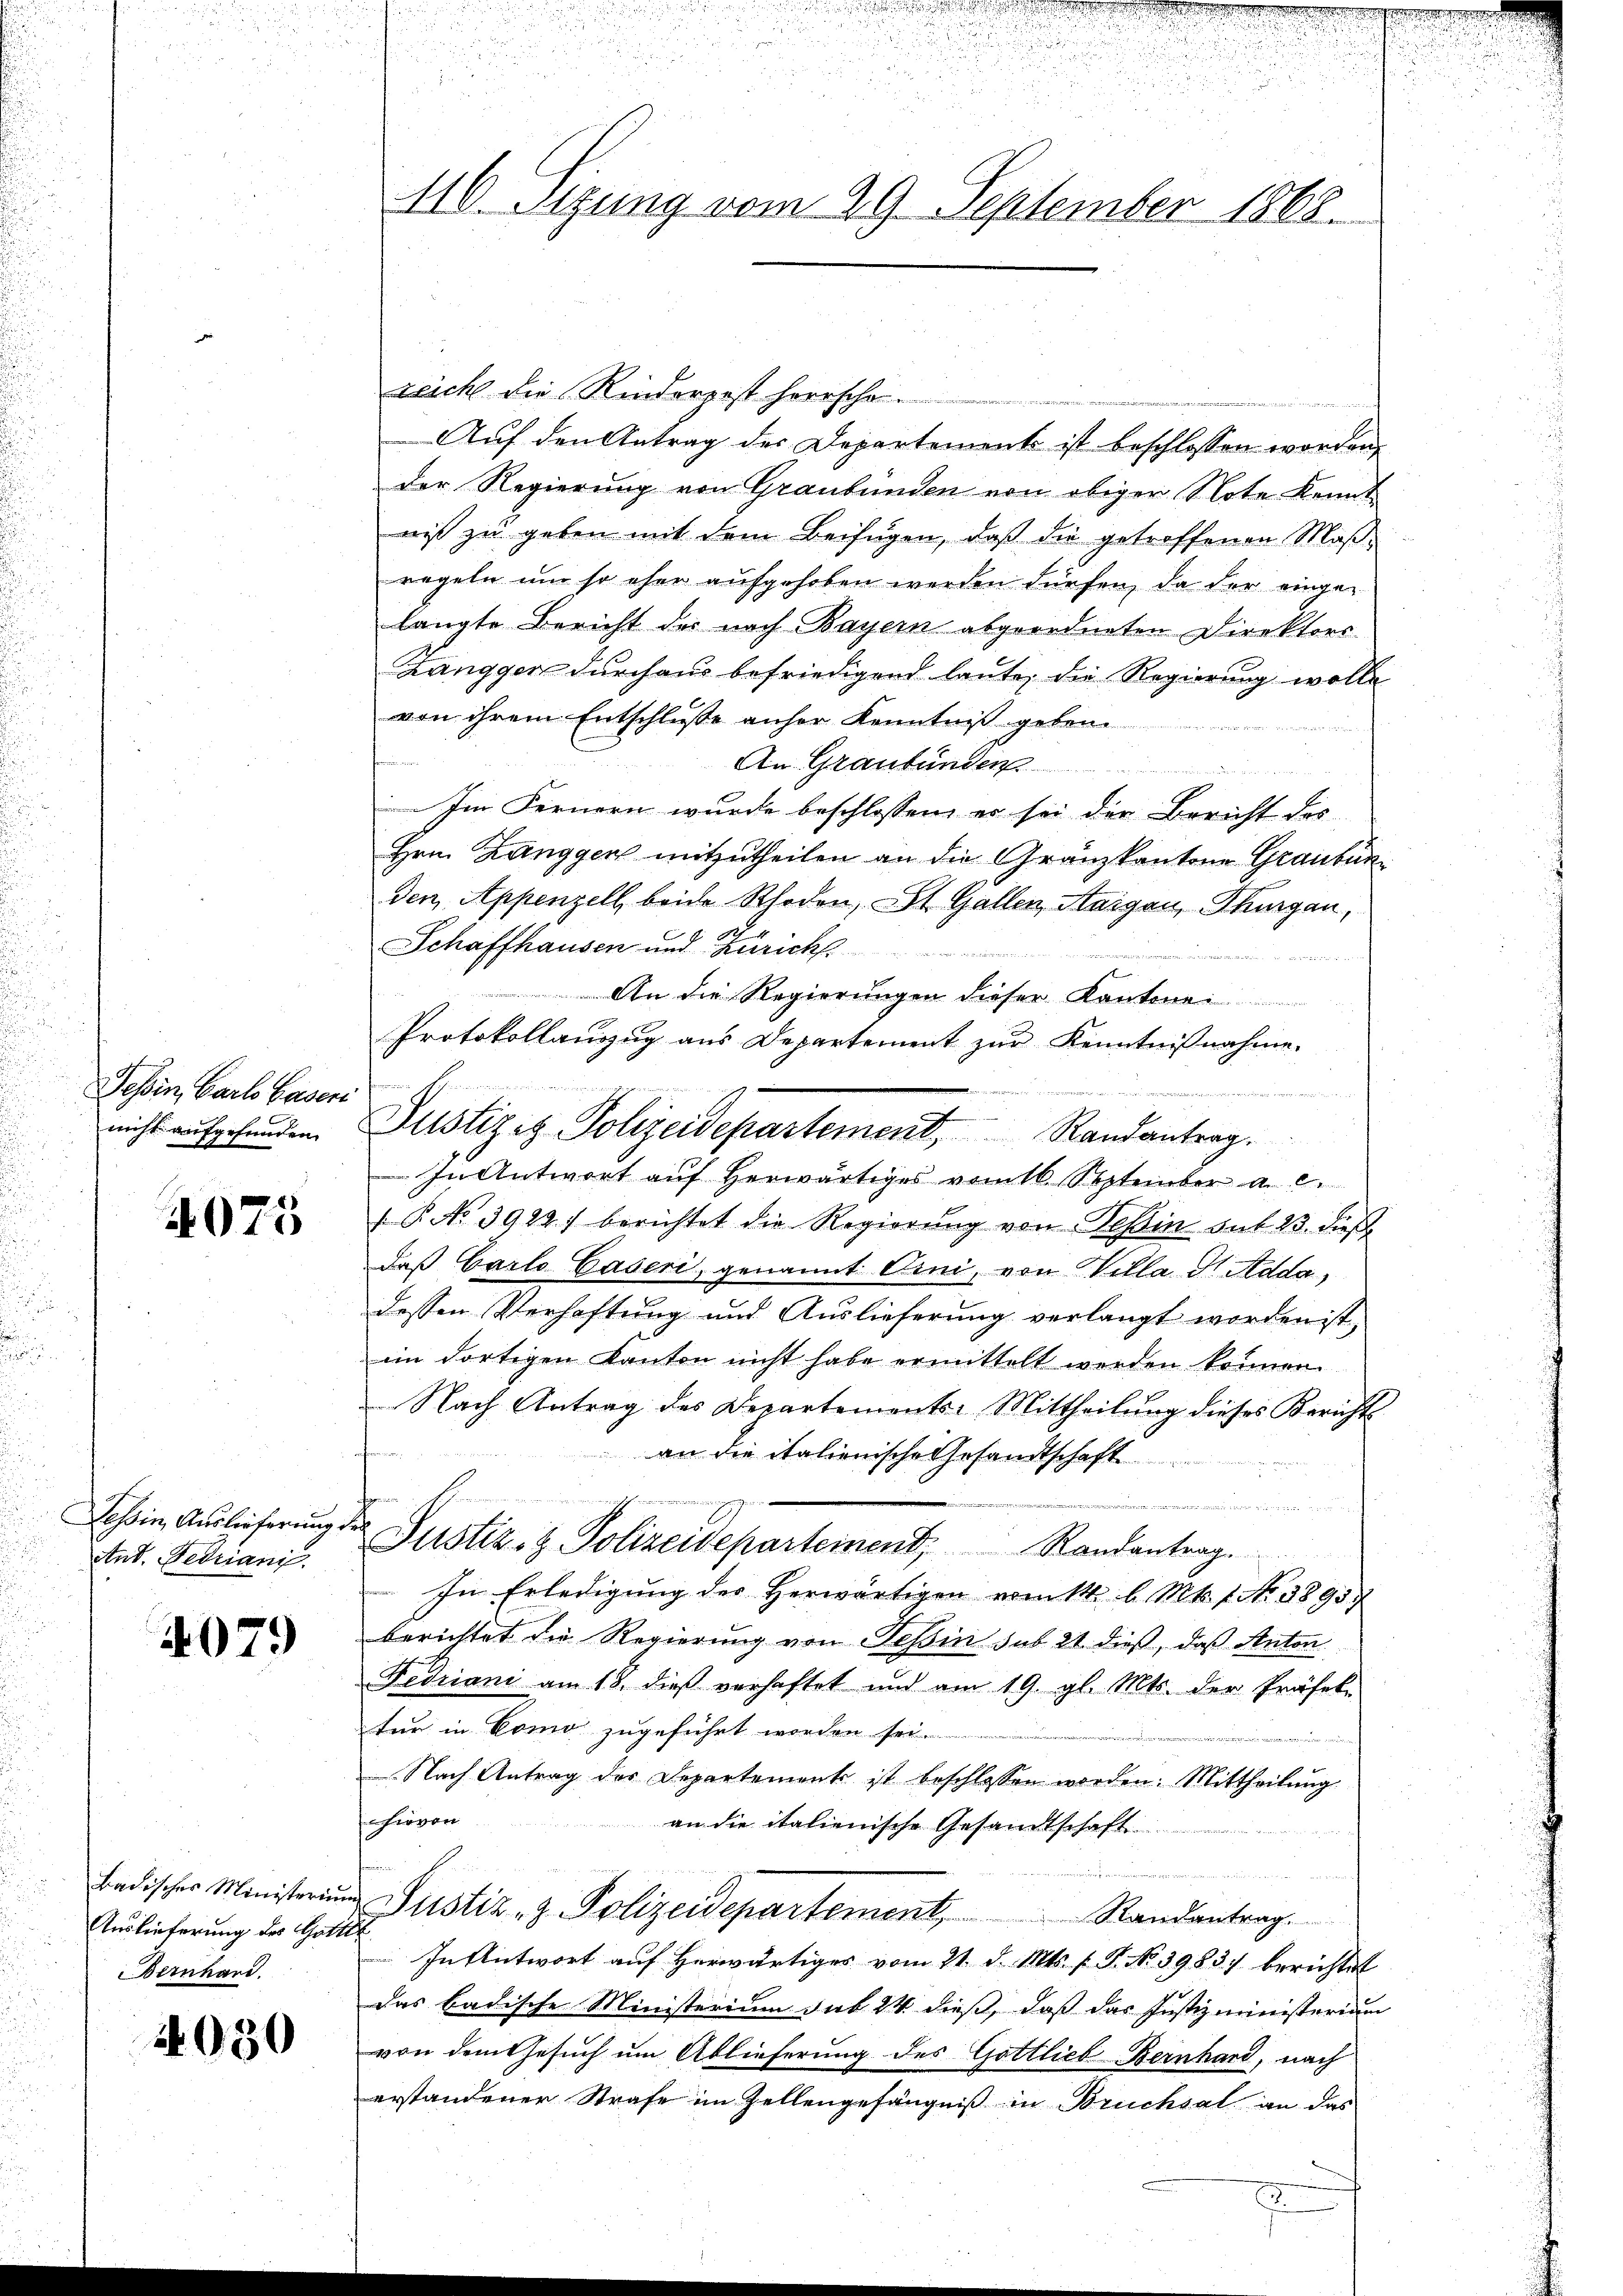
Tessin, Carlo Gasers
nicht aufgefunden.

2010

Tessin, Auslieferung
Atut. Fedriani.

4079

Badisches Ministerium
Auslieferung des Gottl
Bernhard.

4050

.
116. Sitzung vom 29. September 1868.

reiche die Rinderpest herrscho
e
Auf den Antrag des Departement ist beschlossen worden,
der Regierung von Graubünden von obiger Note Kennt
nis zu geben mit dem Beifügen, daß die getroffenen Maßregeln um so eher aufgehoben werden dürfen, da der eingelangte Bericht der nach Bayern abgeordneten Direktors
Zangger durchaus befriedigend laute, die Regierung wolle
von ihrem Entschlusse anher Kenntniß geben.

An Graubünder
o
Im Fernern wurde beschlossen, er sei der Bericht des
Hrn. Zanggen mitzutheilen an die Granzkantone Graubünden Appenzell beide Rhoden, St. Gallen, Aargau, Thurgau,
Schaffhausen und Zürich

f
An die Regierungen dieser Kantonei
Protokollanzug aus Departement zur Kenntnißnahme.
e

In Antwort auf herwärtiges vom 16. September a. c.
 P. No 39287 berichtet die Regierung von Tessin sub 23. dieß
daß Carlo Caseri, genannt Erni, von Villa S. Adda,
dessen Verhaftung und Auslieferung verlangt worden ist,
im dortigen Kanton nicht habe ermittelt worden können.
Nach Antrag des Departements-Mittheilung dieses Berichts-
an die italienische Gesandtschaft
uee er die
steen einer in den
Justiz- & Polizeidepartement, Randantrag.
In Erledigŭng des herwärtigen ermitt. b. Mts. 1. No. 1893.
berichtet die Regierung von Tessin sub 21. dieß, daß Anton
Fedriani am 18. dieß verhaftet und am 19. gl. Mts. der Präfek-
tur in Como zugeführt worden sei.
e
Nach Antrag des Departement ist beschlossen worden: Mittheilung
hievon
an die italienische Gesandtschaft
wer de
Justiz- & Polizeidepartement Randantrag.
In Antwort auf herwärtiges vom 21. d. Mts. f. P. No. 3983) berichtet
das badische Ministerium sub 24 dieß, daß das Justizministerium
von dem Gesuch um Ablieferung des Gottlieb Bernhard, nach
erstandener Strafe im Zellengefängniß in Bruchsal an das
.

Justizig Polizeidepartement, Randantrag.